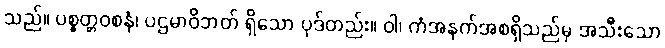
သည်။ ပစ္စတ္တဝစနံ၊ ပဌမာဝိဘတ် ရှိသော ပုဒ်တည်း။ ဝါ၊ ကံအနက်အစရှိသည်မှ အသီးသော